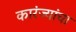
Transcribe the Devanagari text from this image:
कारंज्यांचा